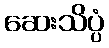
ဆေးသိပ္ပံ